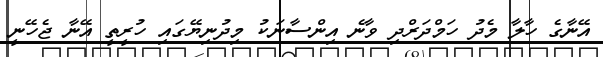
އޭނާގެ ހާލާ މެދު ހަމްދަރްދި ވާނެ އިންސާނަކު މިދުނިޔޭގައި ހުރީތީ އޭނާ ޖެހޭނީ